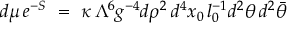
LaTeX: d \mu \, e ^ { - S } ~ = ~ \kappa \, \Lambda ^ { 6 } g ^ { - 4 } d \rho ^ { 2 } \, d ^ { 4 } x _ { 0 } \, l _ { 0 } ^ { - 1 } d ^ { 2 } \theta \, d ^ { 2 } \bar { \theta }